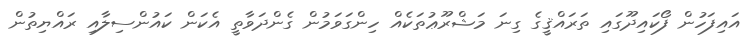
އައިފަހުން ފޯކައިދޫގައި ތަރައްޤީގެ ގިނަ މަޝްރޫޢުތަކެއް ހިންގަވަމުން ގެންދަވާތީ އެކަން ކައުންސިލާއި ރައްޔިތުން